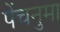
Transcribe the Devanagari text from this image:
पेंचनुमा